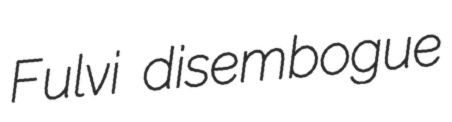
Fulvi disembogue